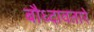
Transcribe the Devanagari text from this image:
बौध्दावतारे